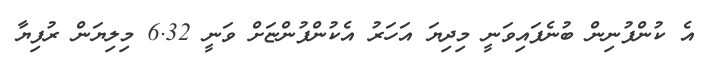
އެ ކުންފުނިން ބުނެފައިވަނީ މިދިޔަ އަހަރު އެކުންފުންޏަށް ވަނީ 6.32 މިލިޔަން ރުފިޔާ